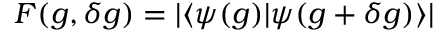
F ( g , \delta g ) = | \langle \psi ( g ) | \psi ( g + \delta g ) \rangle |